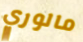
مالوري